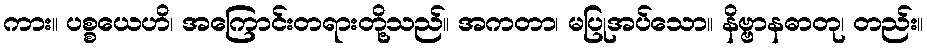
ကား။ ပစ္စယေဟိ၊ အကြောင်းတရားတို့သည်။ အကတာ၊ မပြုအပ်သော။ နိဗ္ဗာနဓာတု၊ တည်း။